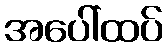
အပေါ်ထပ်